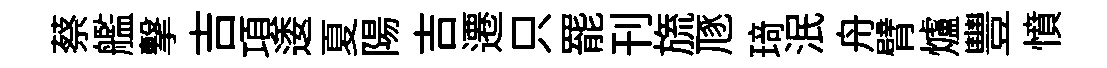
蔡艦撃吉項逶夏陽吉遷只罷刊旒豗𤦺泯舟臂爐豐憤